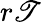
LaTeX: r\mathscr{T}